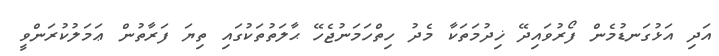
އަދި އަޅުގަނޑުމެން ފޯރުވައިދޭ ޚިދުމަތަކާ މެދު ހިތްހަމަނުޖެހޭ ޙާލަތުތަކުގައި ތިޔަ ފަރާތުން ޢަމަލުކުރަންވީ